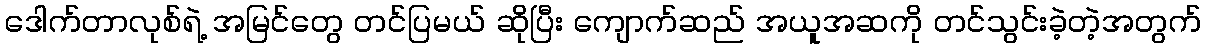
ဒေါက်တာလုစ်ရဲ့ အမြင်တွေ တင်ပြမယ် ဆိုပြီး ကျောက်ဆည် အယူအဆကို တင်သွင်းခဲ့တဲ့အတွက်